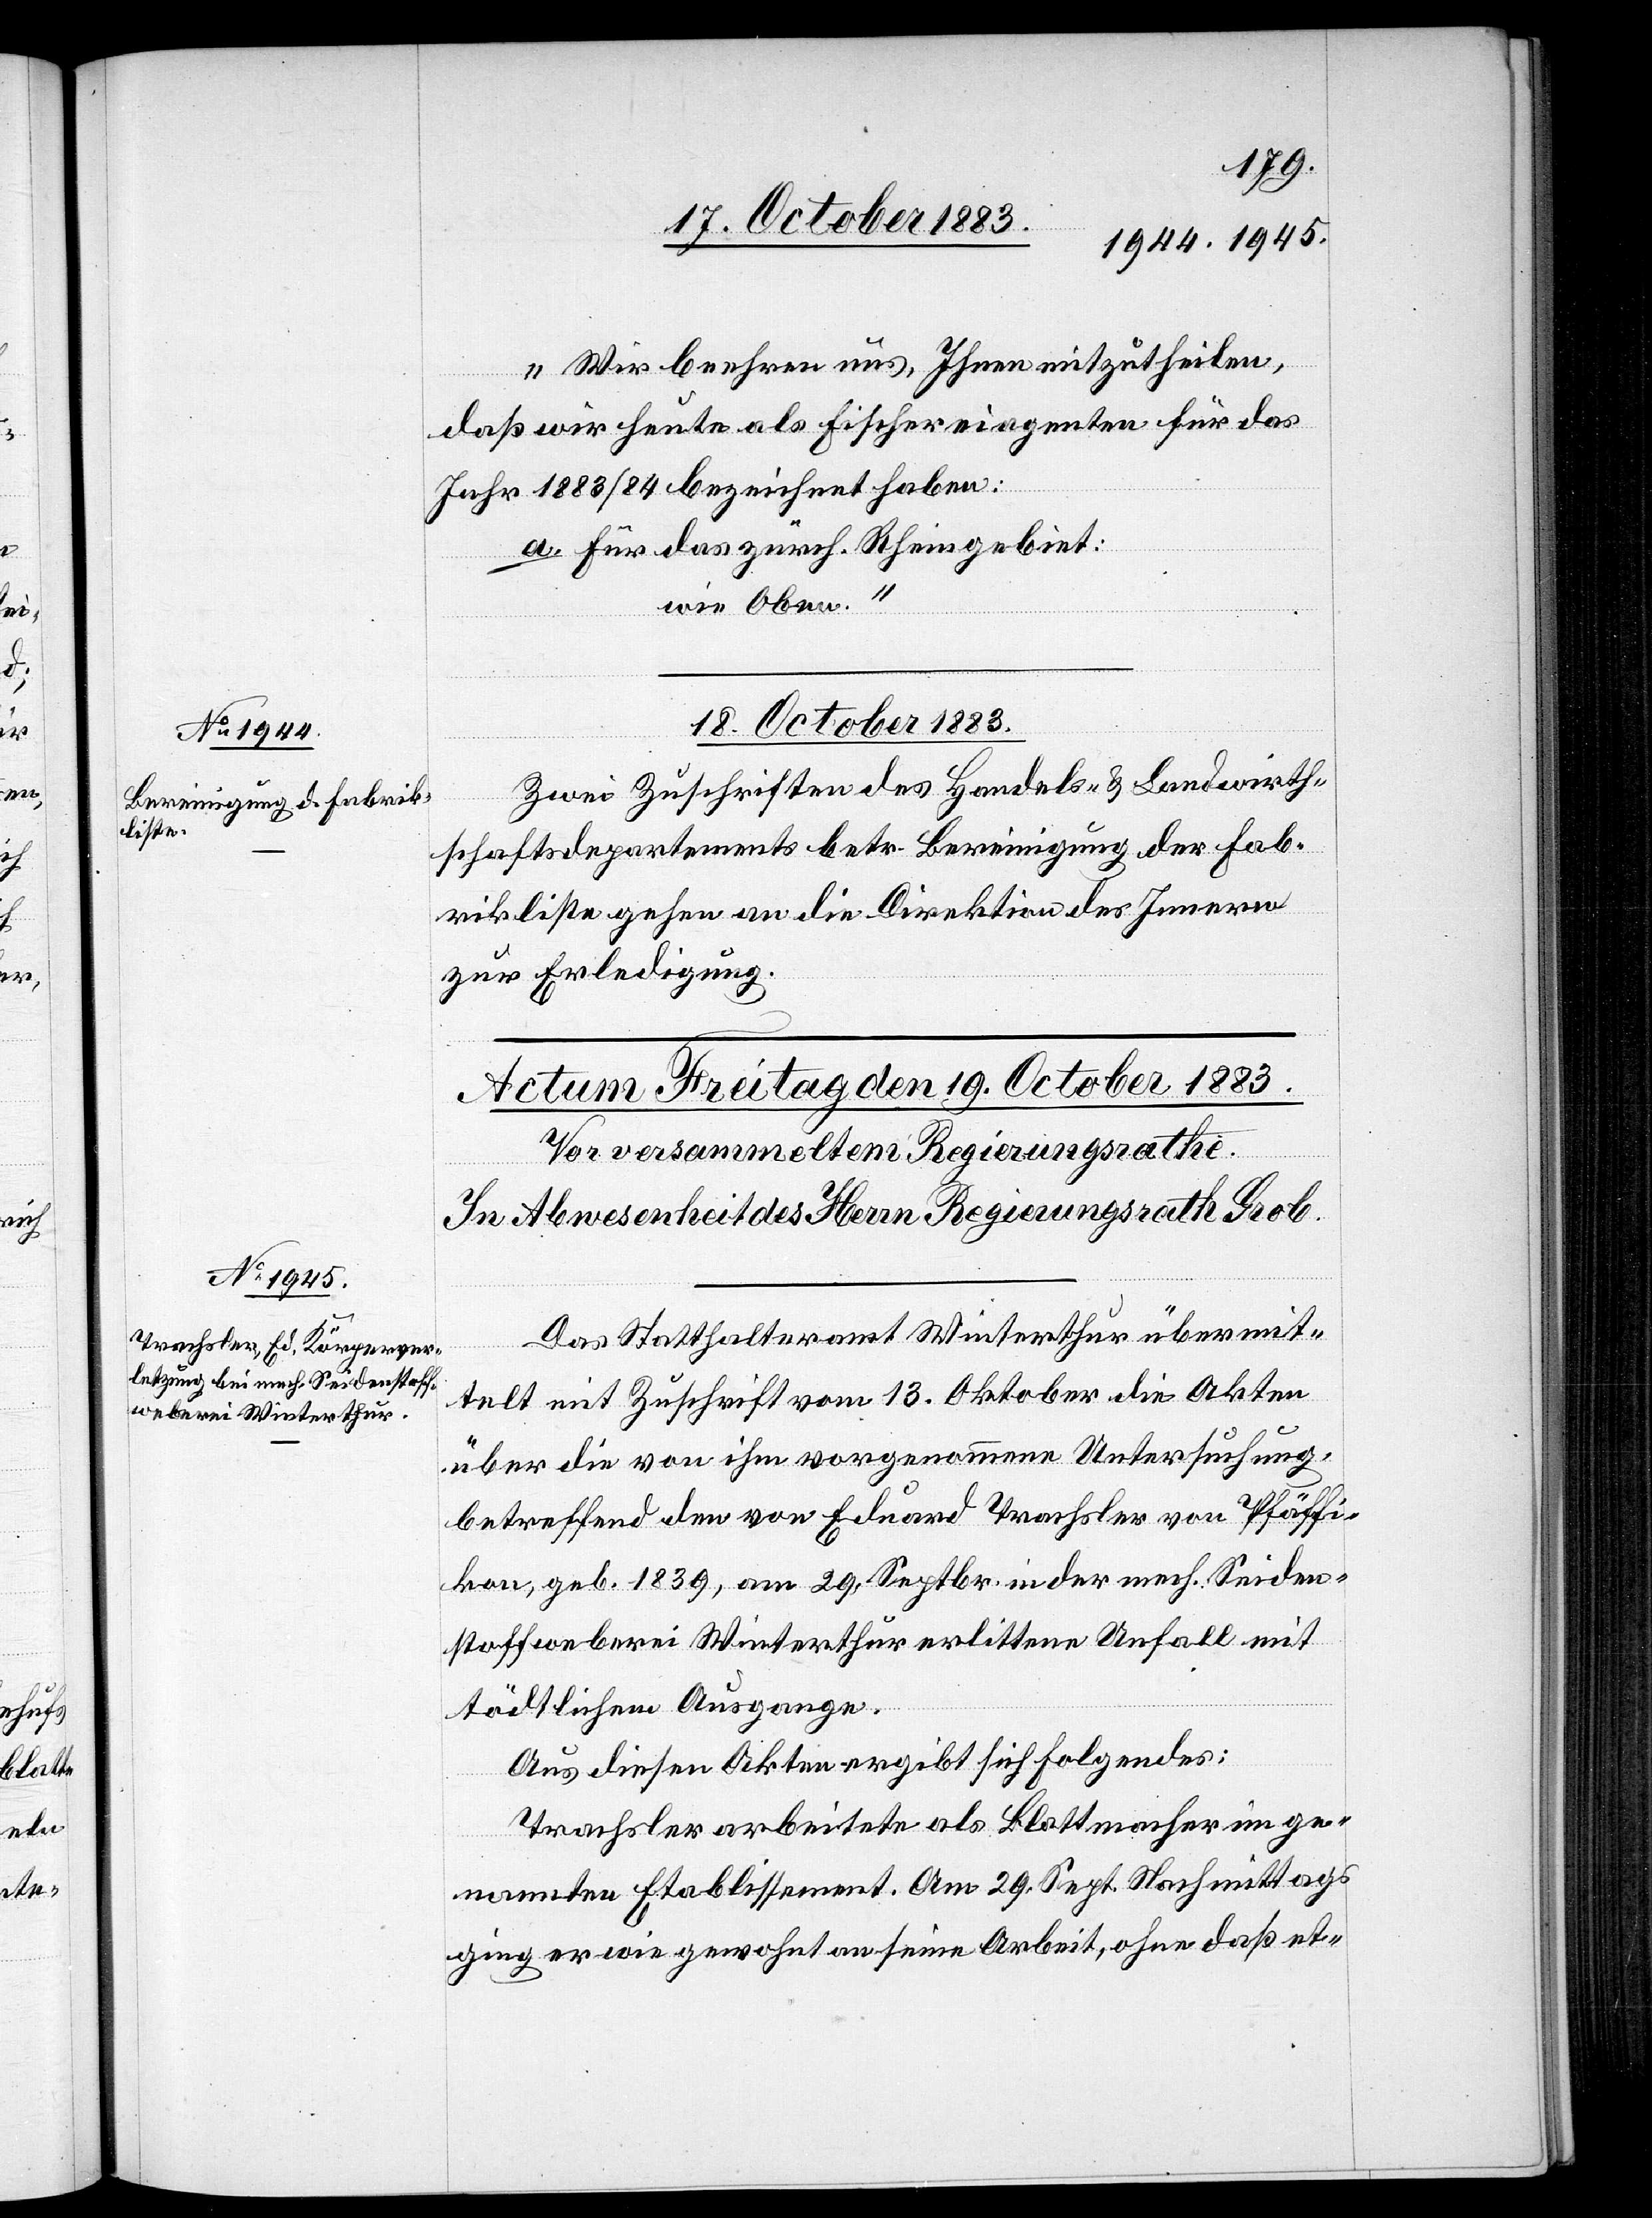
„Wir beehren uns, Ihnen mitzutheilen,
daß wir heute als Fischereiagenten für das
Jahr 1883/84 bezeichnet haben:
a. Für das zürch. Rheingebiet:
wie Oben.“
18. October 1883.
Zwei Zuschriften des Handels- & Landwirth¬
schaftsdepartements betr. Bereinigung der Fab¬
rikliste gehen an die Direktion des Innern
zur Erledigung.
Das Statthalteramt Winterthur übermit¬
telt mit Zuschrift vom 13. Oktober die Akten
über die von ihm vorgenommene Untersuchung,
betreffend den von Eduard Trachsler von Pfäffi¬
kon, geb. 1839, am 29. Septbr. in der mech. Seiden¬
stoffweberei Winterthur erlittene Unfall mit
tödtlichem Ausgange.
Aus diesen Akten ergibt sich Folgendes:
Trachsler arbeitete als Blattmacher im ge¬
nannten Etablissement. Am 29. Sept. Nachmittags
ging er wie gewohnt an seine Arbeit, ohne daß et-